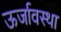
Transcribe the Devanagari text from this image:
ऊर्जावस्था